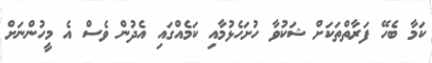
ކަމާ ބެހޭ ފަރާތްތަކަށް ޝަކުވާ ހުށަހެޅުމާއި ކަމެއްގައި އެދުން ވެސް އެ މީހުންނަށް